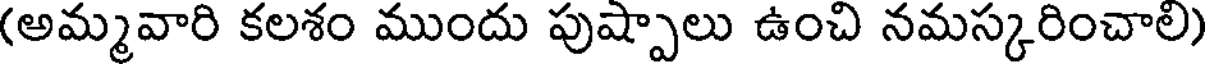
(అమ్మవారి కలశం ముందు పుష్పాలు ఉంచి నమస్కరించాలి)